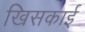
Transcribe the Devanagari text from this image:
खिसकाई